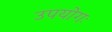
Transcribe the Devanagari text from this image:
उपयोगः